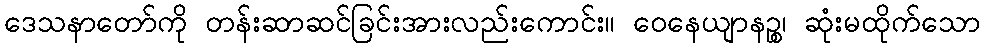
ဒေသနာတော်ကို တန်းဆာဆင်ခြင်းအားလည်းကောင်း။ ဝေနေယျာနဉ္စ၊ ဆုံးမထိုက်သော